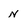
Character: N